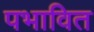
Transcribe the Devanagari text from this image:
पभावित